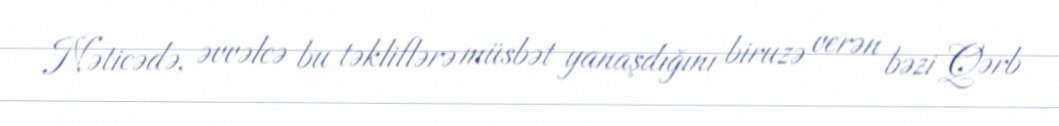
Nəticədə, əvvəlcə bu təkliflərə müsbət yanaşdığını biruzə verən bəzi Qərb